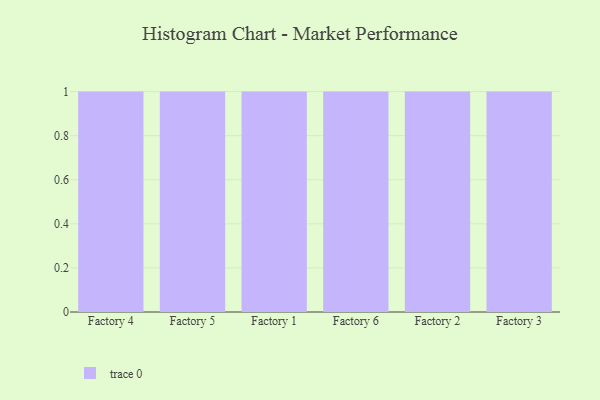
{"axis": {"x": "Factory", "y": "Customer Acquisition Cost (USD)"}, "legend": [""], "data": [{"x": "Factory 4", "y": 85, "type": ""}, {"x": "Factory 5", "y": 26, "type": ""}, {"x": "Factory 1", "y": 68, "type": ""}, {"x": "Factory 6", "y": 95, "type": ""}, {"x": "Factory 2", "y": 41, "type": ""}, {"x": "Factory 3", "y": 11, "type": ""}]}